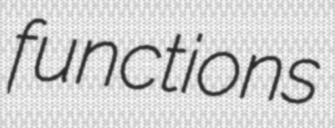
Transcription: functions